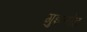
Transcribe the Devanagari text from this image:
गुइलोट